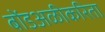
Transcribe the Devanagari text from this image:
बोंडअळीकरिता